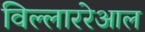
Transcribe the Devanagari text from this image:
विल्लाररेआल